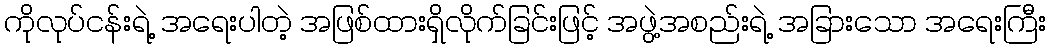
ကိုလုပ်ငန်းရဲ့ အရေးပါတဲ့ အဖြစ်ထားရှိလိုက်ခြင်းဖြင့် အဖွဲ့အစည်းရဲ့ အခြားသော အရေးကြီး